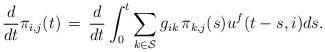
LaTeX: \begin{align*}\frac{d}{dt}\pi_{i,j}(t) \, = \, \frac{d}{dt} \int_0^t \sum_{k \in \mathcal{S}} g_{ik} \, \pi_{k,j}(s) u^f(t-s,i)ds.\end{align*}